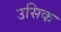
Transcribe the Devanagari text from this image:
उसिक